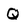
Character: Q